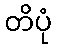
တိပုံ